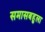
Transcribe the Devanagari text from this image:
समासबहुला